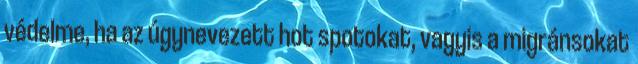
védelme, ha az úgynevezett hot spotokat, vagyis a migránsokat